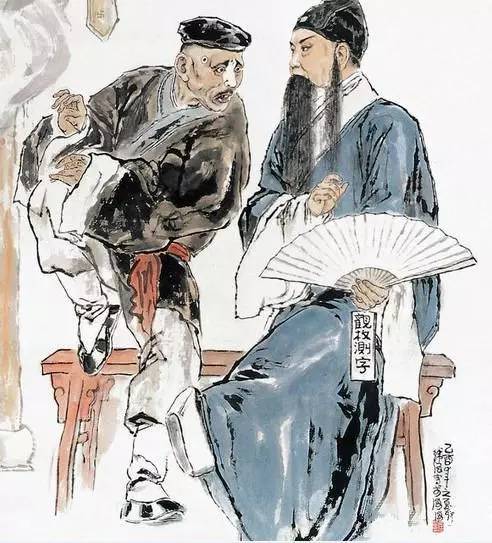
妾家高楼连苑起，良人执戟明光里。